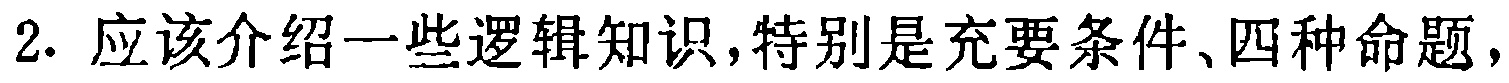
2. 应该介绍一些逻辑知识,特别是充要条件、四种命题,